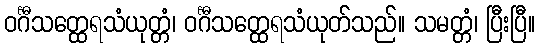
ဝင်္ဂီသတ္ထေရသံယုတ္တံ၊ ဝင်္ဂီသတ္ထေရသံယုတ်သည်။ သမတ္တံ၊ ပြီးပြီ။